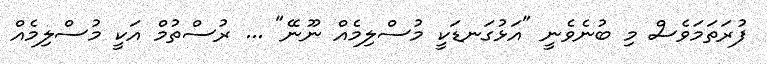
ފުރަތަމަވެސް މި ބުނެވެނީ "އަޅުގަނޑަކީ މުސްލިމެއް ނޫނޭ" ... ރުސްތުމް އަކީ މުސްލިމެއް